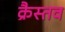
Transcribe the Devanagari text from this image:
क्रैस्तव